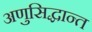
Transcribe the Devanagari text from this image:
अणुसिद्धान्त